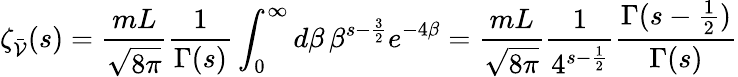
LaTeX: \zeta_{\bar{\cal V}}(s)=\frac{mL}{\sqrt{8\pi}}\frac{1}{\Gamma(s)}\int_{0}^{\infty}d\beta\, \beta^{s-\frac{3}{2}}e^{-4\beta}=\frac{mL}{\sqrt{8\pi}}\frac{1}{4^{s-\frac{1}{2}}}\frac{\Gamma(s-\frac{1}{2})}{\Gamma(s)}